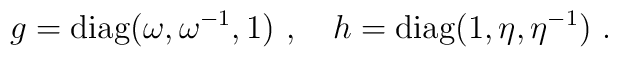
g={\mbox{diag}}(\omega,\omega^{-1},1)~,~~~ h={\mbox{diag}}(1,\eta,\eta^{-1})~.